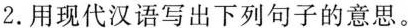
2.用现代汉语写出下列句子的意思。